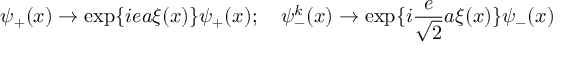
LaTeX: \psi _ { + } ( x ) \rightarrow \exp \{ i e a \xi ( x ) \} \psi _ { + } ( x ) ; \quad \psi _ { - } ^ { k } ( x ) \rightarrow \exp \{ i \frac { e } { \sqrt { 2 } } a \xi ( x ) \} \psi _ { - } ( x )